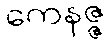
ကေနဇ္ဇ